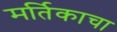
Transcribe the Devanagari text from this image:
मर्तिकाचा